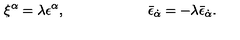
\xi ^ { \alpha } = \lambda \epsilon ^ { \alpha } , \qquad \qquad \qquad \bar { \epsilon } _ { \dot { \alpha } } = - \lambda \bar { \epsilon } _ { \dot { \alpha } } .